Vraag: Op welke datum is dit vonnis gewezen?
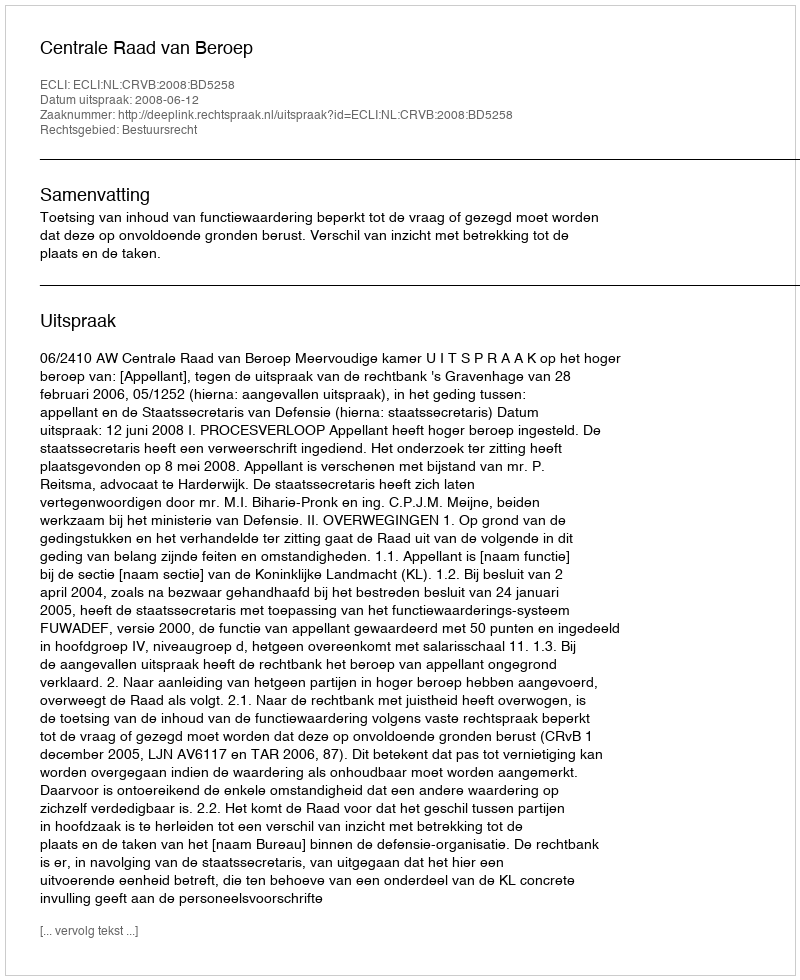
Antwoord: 2008-06-12